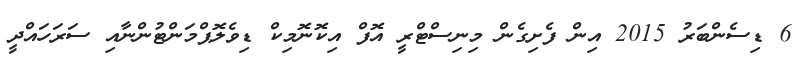
6 ޑިސެންބަރު 2015 އިން ފެށިގެން މިނިސްޓްރީ އޮފް އިކޮނޮމިކް ޑިވެލޮޕްމަންޓުންނާއި ސަރަހައްދީ